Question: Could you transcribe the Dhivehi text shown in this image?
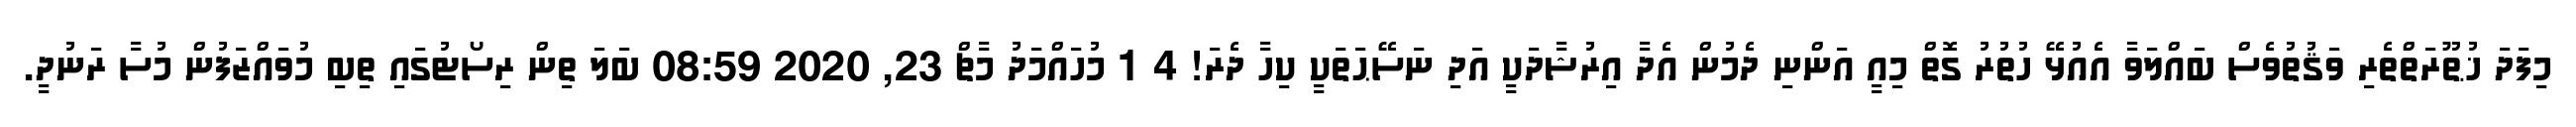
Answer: މިފަދަ ޚުޠޫރަތްތެރި ވަޤުތުވެސް ބައްލަވާ އެއުޅޭ ހުތުރު ގޮތް މިއީ އަންނި ދެމުން އެދާ އިރުޝާދަކީ އަދި ނަސޭޙަތަކީ ކިހާ ދެރަ! 4 1 މުހައްމަދު މާޗް 23, 2020 08:59 ބަލަ ތިން ރިސޯޓުގައި ތިބި މުވައްޒަފުން މުސާ ރަނުދީ.